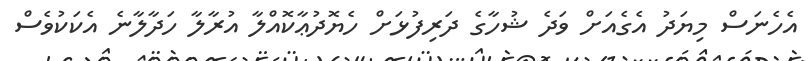
އެހެނަސް މިޔަދު އެގެއަށް ވަދެ ޝުހާގެ ދަރިފުޅަށް ހެޔޮދުޢާކޮއްލާ އުރާލާ ހަދާލާނެ އެކަކުވެސް